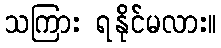
သကြား ရနိုင်မလား။